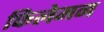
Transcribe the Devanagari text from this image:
फिलेमन